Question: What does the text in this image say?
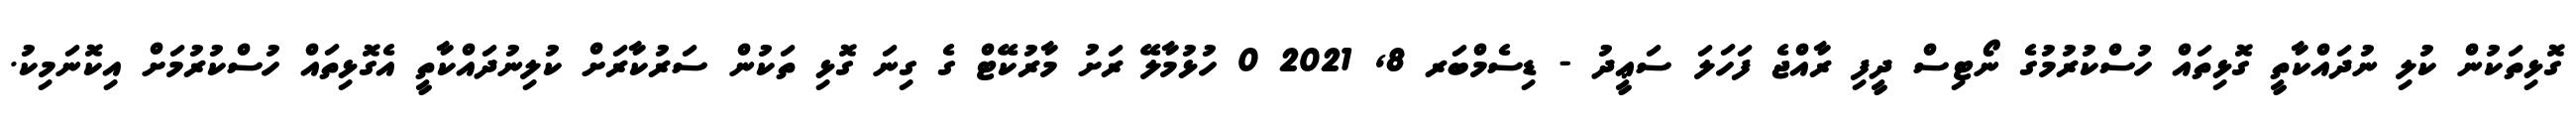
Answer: ގޮޅިތަކުން ކުލި ނުދައްކާތީ ގޮޅިތައް ހުސްކުރުމުގެ ނޯޓިސް ދީފި ރާއްޖެ ފަހަލަ ސަޢީދު - ޑިސެމްބަރ 8, 2021 0 ހުޅުމާލޭ ރަށު މާރުކޭޓް ގެ ގިނަ ގޮޅި ތަކުން ސަރުކާރަށް ކުލިނުދައްކާތީ އެގޮޅިތައް ހުސްކުރުމަށް އިކޮނަމިކު.